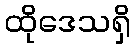
ထိုဒေသရှိ